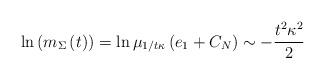
LaTeX: \begin{align*}\ln\left( m_{\Sigma}\left( t\right) \right) = \ln\mu_{1/t\kappa}\left(e_{1}+C_{N}\right) \sim-\frac{t^{2}\kappa^{2}}{2}\end{align*}